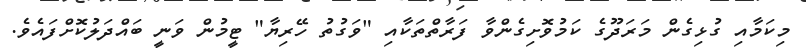
މިކަމާއި ގުޅިގެން މަރަދޫގެ ކަމުވޮށިގެންވާ ފަރާތްތަކާއި "ވަގުތު ހޭރިޔާ" ޓީމުން ވަނީ ބައްދަލުކޮށްފައެވެ.